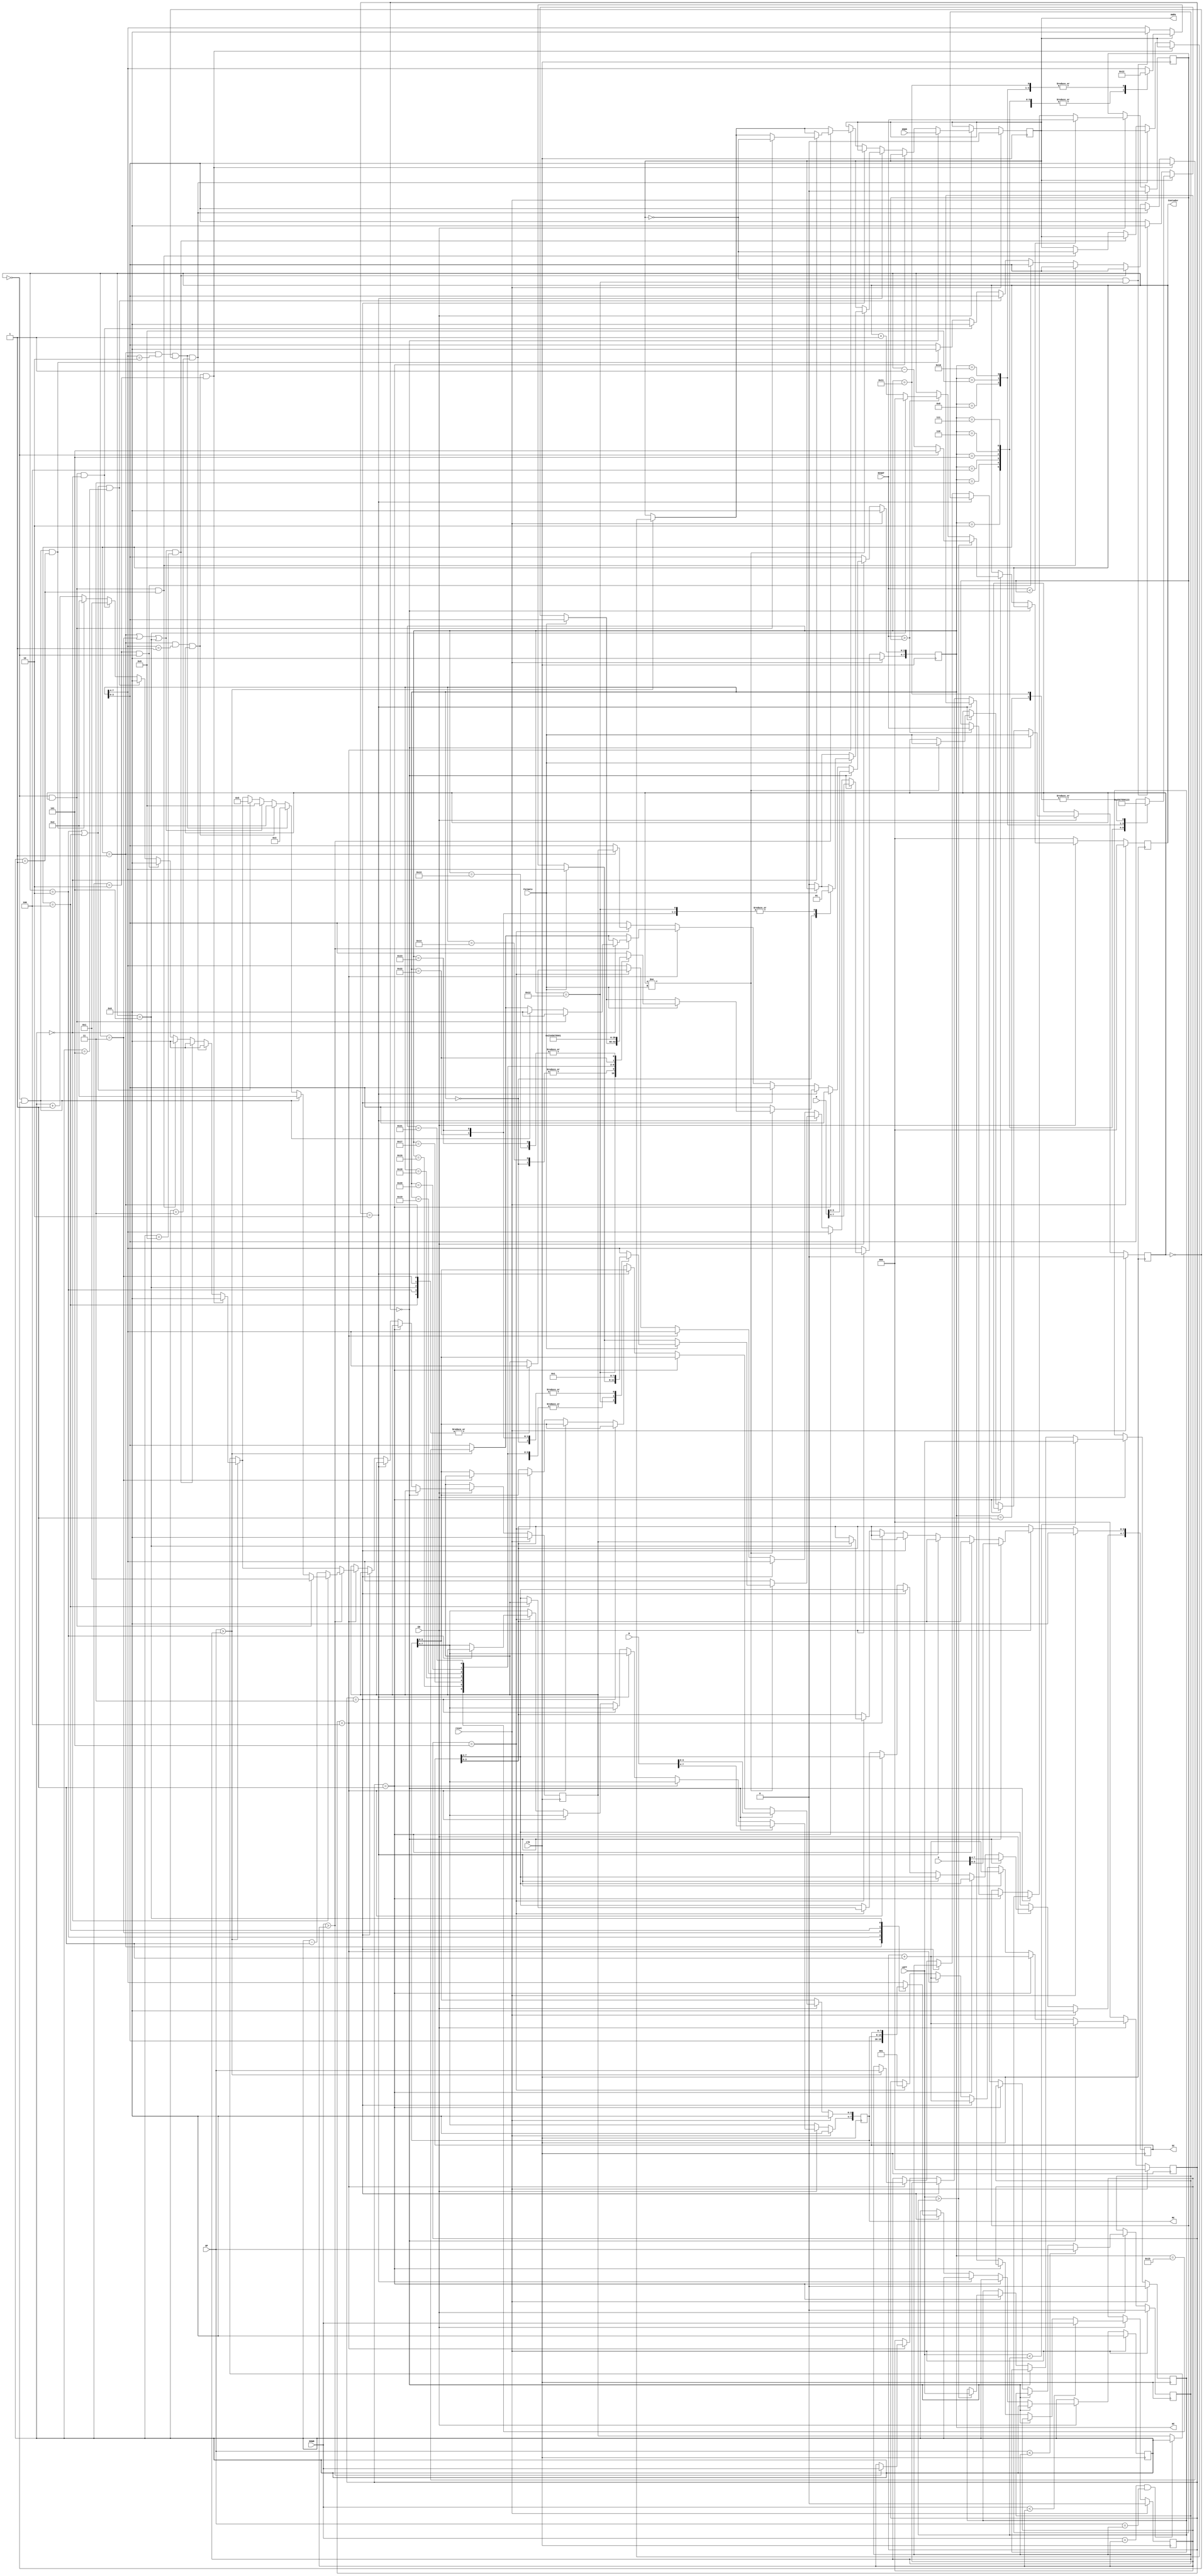
`timescale 1ns / 1ps
//////////////////////////////////////////////////////////////////////////////////
// Company: 
// Engineer: 
// 
// Design Name: 
// Module Name:    CambiarHora 
// Project Name: 
// Target Devices: 
// Tool versions: 
// Description: 
//
// Dependencies: 
//
// Revision: 
// Revision 0.01 - File Created
// Additional Comments: 
//
//////////////////////////////////////////////////////////////////////////////////
module EscrituraHora(
    input clk,
	 input reset,
// Habilitador
	 input EN,
	 
// Botones
    input UP,
    input DOWN,
    input LEFT,
    input RIGHT,
	
// Variables
	 input ampm,
	 input Formato,
	 input [7:0] H,
    input [7:0] M,
    input [7:0] S,

// Variables regionales
    output reg [7:0] HC,
    output reg [7:0] MC,
    output reg [7:0] SC,
	 output reg AmPm,
    output reg [2:0]Contador
    );
	 
reg [2:0]step;
reg F;
reg U;
reg D;
reg L;
reg R;
reg [3:0] varin;
reg [3:0] varout;
always @(posedge clk)
begin
	if (reset)
	begin
		Contador<=0;
		step<=0;
		U<=0;
		D<=0;
	   L<=0;
	   R<=0;
		varout<=0;
		varin<=0;
		HC<=0;
		MC<=0;
		SC<=0;
		AmPm<=0;
		F<=0;
		
	end
	else if (EN)
	begin

	if (step==0)
		begin
		HC<=H;
		MC<=M;
		SC<=S;
		AmPm<=ampm;
		F<=Formato;
		step<=step+1'b1;
		end

	else if (step==1)//paso 1
		begin
		if (RIGHT>R)
		begin
			if (Contador==5)
			Contador<=0;
			else Contador<=Contador+1'b1;
			R<=RIGHT;
		end
		else if (RIGHT<R)
			R<=RIGHT;
		
		if (LEFT>L)
		begin
			if (Contador==0)
			Contador<=5;
			else Contador<=Contador-1'b1;
			L<=LEFT;
		end
		
	step<=step+1'b1;
	end
		
// Cambio de Formato		
	else if (step==2)
	begin
		if (F!=Formato)
		begin
			if (Formato==0)
			begin
				if (AmPm==1)
				begin
				case (HC)
				8'h01:HC<=8'h13;
				8'h02:HC<=8'h14;
				8'h03:HC<=8'h15;
				8'h04:HC<=8'h16;
				8'h05:HC<=8'h17;
				8'h06:HC<=8'h18;
				8'h07:HC<=8'h19;
				8'h08:HC<=8'h20;
				8'h09:HC<=8'h21;
				8'h10:HC<=8'h22;
				8'h11:HC<=8'h23;
				default HC<=HC;
				endcase 
				AmPm<=0;
				end
				
				else if (AmPm==0&&HC==8'h12)
				HC<=8'h00;
				end
				
			if (Formato==1)
			begin
				case (HC)
				8'h00:begin
						HC<=8'h12;
						AmPm<=0;
						end
				8'h12:AmPm<=1;
				8'h13:begin
						HC<=8'h01;
						AmPm<=1;
						end
				8'h14:begin
						HC<=8'h02;
						AmPm<=1;
						end
				8'h15:begin
						HC<=8'h03;
						AmPm<=1;
						end
				8'h16:begin
						HC<=8'h04;
						AmPm<=1;
						end
				8'h17:begin
						HC<=8'h05;
						AmPm<=1;
						end
				8'h18:begin
						HC<=8'h06;
						AmPm<=1;
						end
				8'h19:begin
						HC<=8'h07;
						AmPm<=1;
						end
				8'h20:begin
						HC<=8'h08;
						AmPm<=1;
						end
				8'h21:begin
						HC<=8'h09;
						AmPm<=1;
						end
				8'h22:begin
						HC<=8'h10;
						AmPm<=1;
						end
				8'h23:begin
						HC<=8'h11;
						AmPm<=1;
						end
				default HC<=HC;
				endcase 
				end
				F<=Formato;
			end
			step<=step+1'b1;
			end
				
		else if (step==3)
		begin
			case (Contador)
			3'b000: varin<=HC[7:4];
			3'b001: varin<=HC[3:0];
			3'b010: varin<=MC[7:4];
			3'b011: varin<=MC[3:0];
			3'b100: varin<=SC[7:4];
			3'b101: varin<=SC[3:0];
			default varin<=HC[7:4];
			endcase
			
			step<=step+1'b1;
			end
		
		else if (step==4)
		begin
		
		if (DOWN==D && UP==U)
		varout<=varin;
		
		if (UP>U)
		begin
			if (Contador==1&&HC[7:4]==1&&F==1&&varin==2)
			varout<=0;
			else if (Contador==1&&HC[7:4]==2&&F==0&&varin==3)
			varout<=0;
			else if ((Contador==1||Contador==3||Contador==5)&&varin==9)
			varout<=0;
			else if (Contador==0 && F==1 && varin==1)
				begin
				varout<=0;
				AmPm<=~AmPm;
				end
			else if (varin==2 && Contador==0)
			varout<=0;
			else if ((Contador==2||Contador==4)&&varin==5)
			varout<=0;
			else if (Contador==0 && F==1 && varin==0)
				begin
				varout<=1;
				HC[3:0]<=0;
				end
			else if (Contador==0 && F==0 && varin==1)
				begin
				varout<=2;
				HC[3:0]<=0;
				end
			
			else varout<=varin+1'b1;
			U<=UP;
		end
		
		if (DOWN>D)
		begin
			if (varin==0)
				begin
				if(Contador==0 && F==1)
					begin
					varout<=1;
					HC[3:0]<=0;
					AmPm<=~AmPm;
					end
				else if (Contador==0&&F==0)
					begin
					varout<=2;
					HC[3:0]<=0;
					end
				else if (Contador==1&&HC[7:4]==2&&F==0)varout<=3;
				else if (Contador==1&&HC[7:4]==1&&F==1)varout<=2;
				else if (Contador==1||Contador==3||Contador==5)	varout<=9;
				else if (Contador==2||Contador==4)varout<=5;
				end
			else varout<=varin-1'b1;
			D<=DOWN;
		end
		
		step<=step+1'b1;
		end
		
		else if (step==5)
		begin
		case (Contador)
			3'b000: HC[7:4]<=varout;
			3'b001: HC[3:0]<=varout;
			3'b010: MC[7:4]<=varout;
			3'b011: MC[3:0]<=varout;
			3'b100: SC[7:4]<=varout;
			3'b101: SC[3:0]<=varout;
			default HC[7:4]<=varout;
		endcase
		step<=1;
		end
		
		if (UP<U)
			U<=UP;
		if (DOWN<D)
			D<=DOWN;
		if (LEFT<L)
			L<=LEFT;
		if (RIGHT<R)
			R<=RIGHT;
		
	end
	else 
	begin
	step<=0;
	Contador<=0;
	end
	

end
endmodule